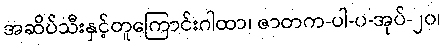
အဆိပ်သီးနှင့်တူကြောင်းဂါထာ၊ ဇာတက-ပါ-ပ-အုပ်-၂၀၊